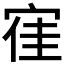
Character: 𡨱